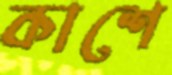
কাশে